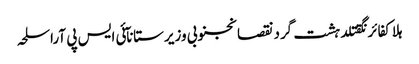
ہلاکفائرنگقتلدہشت گردنقصانجنوبی وزیرستانآئی ایس پی آراسلحہ